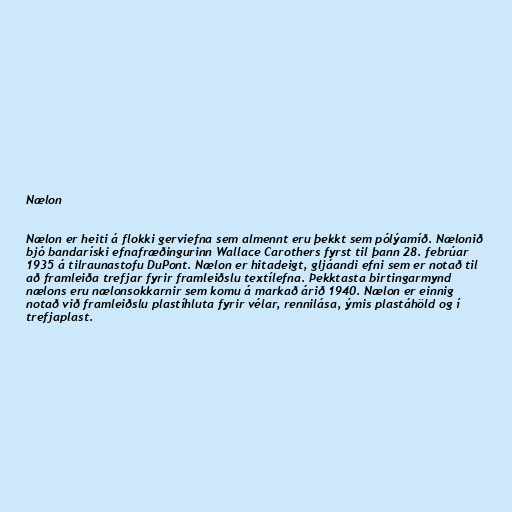
Nælon

Nælon er heiti á flokki gerviefna sem almennt eru þekkt sem pólýamíð. Nælonið
bjó bandaríski efnafræðingurinn Wallace Carothers fyrst til þann 28. febrúar
1935 á tilraunastofu DuPont. Nælon er hitadeigt, gljáandi efni sem er notað til
að framleiða trefjar fyrir framleiðslu textílefna. Þekktasta birtingarmynd
nælons eru nælonsokkarnir sem komu á markað árið 1940. Nælon er einnig
notað við framleiðslu plastíhluta fyrir vélar, rennilása, ýmis plastáhöld og í
trefjaplast.